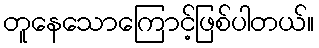
တူနေသောကြောင့်ဖြစ်ပါတယ်။